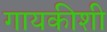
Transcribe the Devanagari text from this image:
गायकीशी